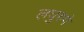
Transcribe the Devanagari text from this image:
लघुरुपे